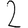
Digit: 2